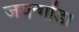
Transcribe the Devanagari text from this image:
जयन्गोंडा